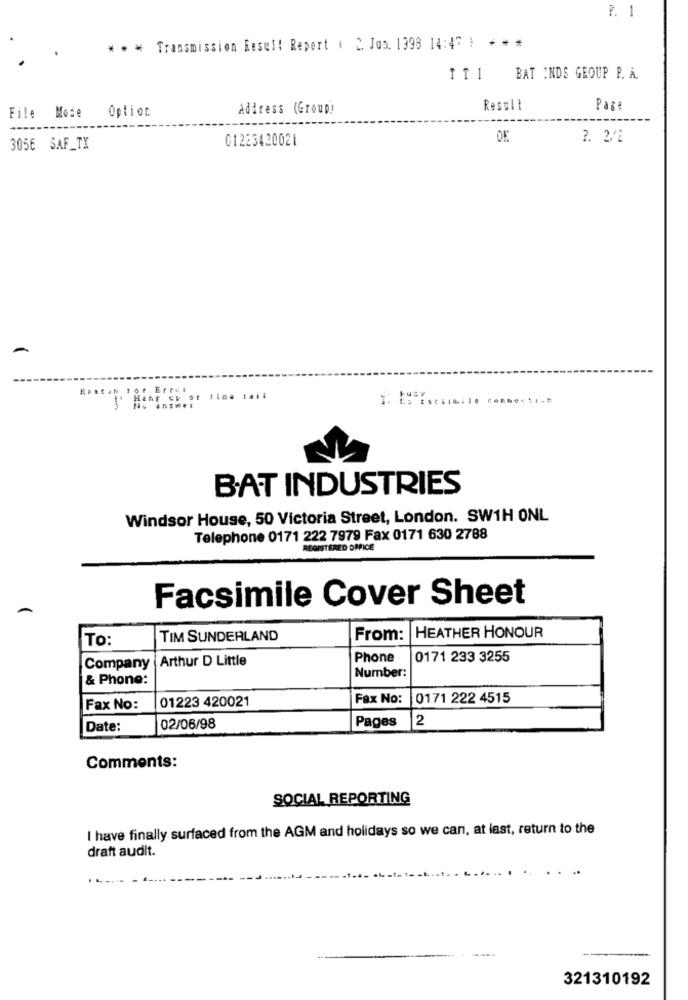
P. 1
* * * Transmission Resul! Report # 2. Jon. 1398 14:47 ) * * *
BAT INDS GEOUP P. A.
Option
Address (Group)
Result
Page
File Mode
01223420021
2. 2/42
305€ SAF_TX
[ Hang chor line tail
answer
BAT INDUSTRIES
Windsor House, 50 Victoria Street, London. SW1H ONL
Telephone 0171 222 7979 Fax 0171 630 2788
REGISTERED OFFICE
Facsimile Cover Sheet
To:
TIM SUNDERLAND
From:
HEATHER HONOUR
Arthur D Little
Phone
0171 233 3255
Company
& Phone:
Number:
01223 420021
Fax No:
0171 222 4515
Fax No:
Pages
2
Date:
02/06/98
Comments:
SOCIAL REPORTING
I have finally surfaced from the AGM and holidays so we can, at last, return to the
draft audit.
321310192